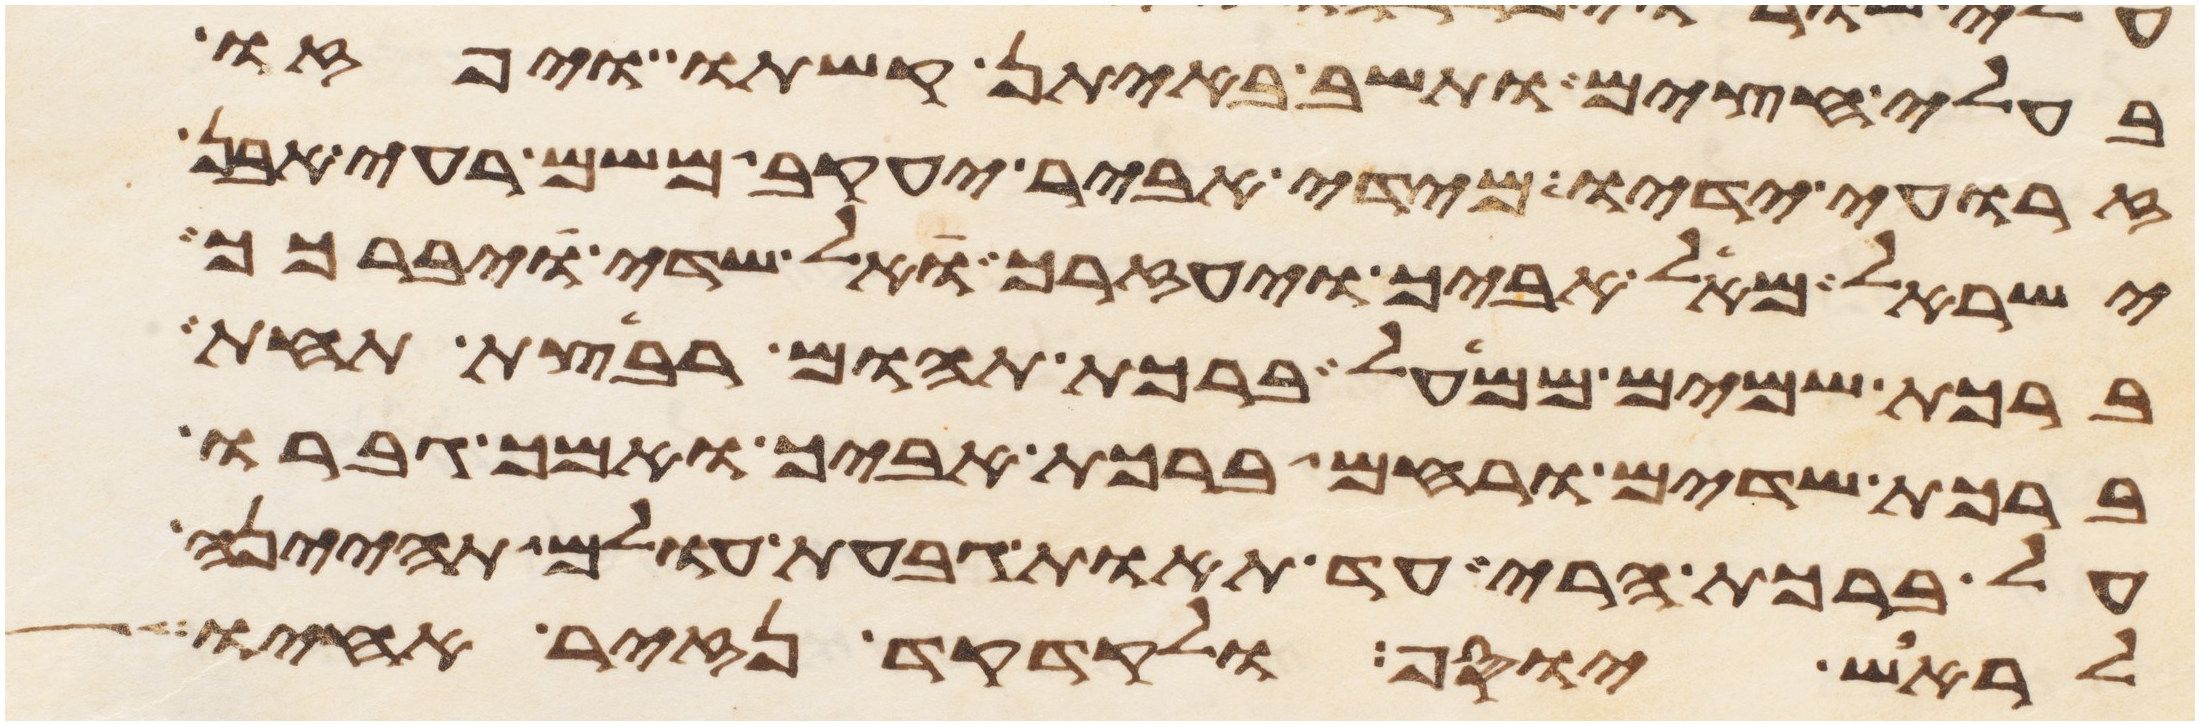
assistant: בעלי חצים ותשב באיתן קשתו ויפזו
זרועי ידיו מידי אביר יעקב משם רעי אבן
ישראל מאל אביך ויעזרך אל שדי ויברכך
ברכת שמים ממעל ברכת תהום רבצת תחת
ברכת שדים ורחם ברכת אביך ואמך גברו
על ברכת הרי עד תאות גבעת עולם תהינה
לראש יוסף ולקדקד נזיר אחיו